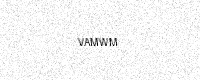
Text: VAMWM